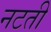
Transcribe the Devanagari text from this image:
नटती